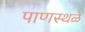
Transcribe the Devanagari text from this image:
पाणस्थळे